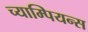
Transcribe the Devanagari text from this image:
च्याम्पियन्स